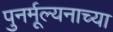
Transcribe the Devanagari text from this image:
पुनर्मूल्यनाच्या